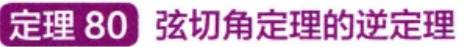
定理 80 弦切角定理的逆定理